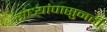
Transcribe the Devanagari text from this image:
संध्यांपासुनही